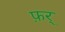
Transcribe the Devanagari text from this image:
फ़र्